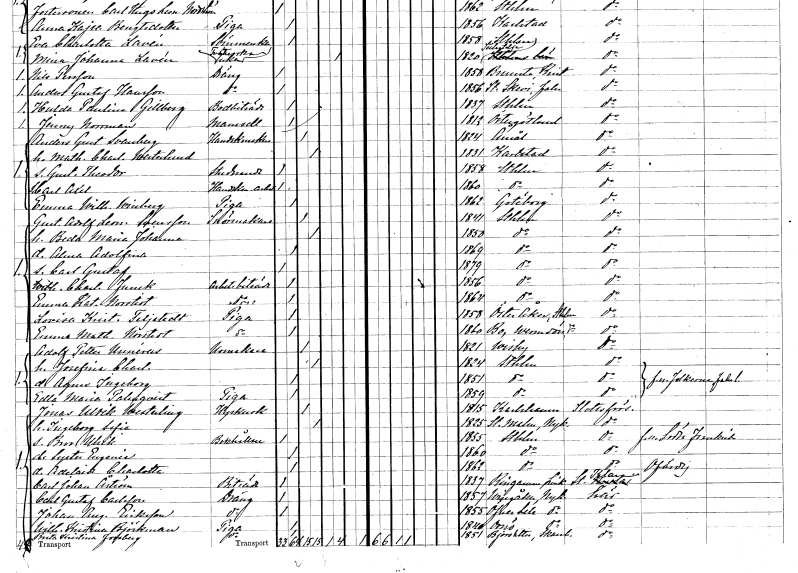
gt_parse: households: individuals: FN: Anders Gustaf
EN: Svanberg
YRKE: Handskmakare
KON: M
CIV: G
FODAR: 1824
FODFORS: Åmål Älvsborgs län
FN: Mathilda Charlotta
EN: Westerlund
KON: K
CIV: G
FODAR: 1831
FODFORS: Karlstad Värmlands län
FN: Gustaf Theodor
YRKE: Studerande
KON: M
CIV: O
FODAR: 1858
FODFORS: Stockholm
FN: Carl Axel
YRKE: Handskmakeriarbetare
KON: M
CIV: O
FODAR: 1860
FODFORS: Stockholm
FN: Emma Wilhelmina
EN: Winberg
YRKE: Piga
KON: K
CIV: O
FODAR: 1862
FODFORS: Göteborg Göteborgs- och Bohuslän
FN: Gustaf Adolf Leonard
EN: Svensson
YRKE: Snörmakare
KON: M
CIV: G
FODAR: 1841
FODFORS: Stockholm
FN: Beda Maria Johanna
KON: K
CIV: G
FODAR: 1850
FODFORS: Stockholm
FN: Alma Adolfina
KON: K
CIV: O
FODAR: 1869
FODFORS: Stockholm
FN: Carl Gustaf
KON: M
CIV: O
FODAR: 1879
FODFORS: Stockholm
FN: Wilhelmina Charlotta
EN: Funck
YRKE: Arbetsbiträde
KON: K
CIV: O
FODAR: 1856
FODFORS: Stockholm
FN: Emma Katarina
EN: Norstedt
YRKE: Arbetsbiträde
KON: K
CIV: O
FODAR: 1864
FODFORS: Stockholm
FN: Lovisa Kristina
EN: Teljstedt
YRKE: Piga
KON: K
CIV: O
FODAR: 1858
FODFORS: Österåker Stockholms län
FN: Emma Mathilda
EN: Norstedt
YRKE: Piga
KON: K
CIV: O
FODAR: 1860
FODFORS: Boo Stockholms län
FN: Adolf Petter
EN: Unnérus
YRKE: Urmakare
KON: M
CIV: G
FODAR: 1821
FODFORS: Visby Gotlands län
FN: Josefina Charlotta
KON: K
CIV: G
FODAR: 1824
FODFORS: Stockholm
FN: Agnes Ingeborg
KON: K
CIV: O
FODAR: 1851
FODFORS: Stockholm
FN: Edla Maria
EN: Palmqvist
YRKE: Piga
KON: K
CIV: O
FODAR: 1859
FODFORS: Stockholm
FN: Jonas Ulrik
EN: Westerling
YRKE: Hyrkusk
KON: M
CIV: G
FODAR: 1815
FODFORS: Karlshamn Blekinge län
FN: Ingeborg Sofia
KON: K
CIV: G
FODAR: 1825
FODFORS: Stora Malm Södermanlands län
FN: Bror Ulrik
YRKE: Bokhållare
KON: M
CIV: O
FODAR: 1855
FODFORS: Stockholm
FN: Syster Eugenia
KON: K
CIV: O
FODAR: 1860
FODFORS: Stockholm
FN: Adelaide Charlotta
KON: K
CIV: O
FODAR: 1862
FODFORS: Stockholm
FN: Carl Johan
EN: Åström
YRKE: Biträde
KON: M
CIV: O
FODAR: 1837
FODFORS: Ringarum Östergötlands län
FN: Carl Gustaf
EN: Carlsson
YRKE: Dräng
KON: M
CIV: O
FODAR: 1857
FODFORS: Västra Vingåker Södermanlands län
FN: Johan August
EN: Eriksson
YRKE: Dräng
KON: M
CIV: O
FODAR: 1855
FODFORS: Överselö Södermanlands län
FN: Wilhelmina Kristina
EN: Björkman
YRKE: Piga
KON: K
CIV: O
FODAR: 1840
FODFORS: Ornö Stockholms län
FN: Brita Kristina
EN: Jonsberg
YRKE: Piga
KON: K
CIV: O
FODAR: 1851
FODFORS: Björsäter Skaraborgs län